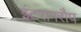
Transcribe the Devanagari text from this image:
इंटरागरौप